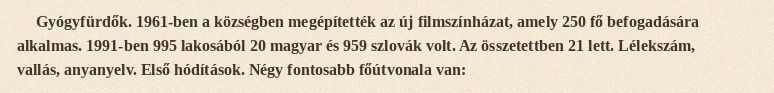
Gyógyfürdők. 1961-ben a községben megépítették az új filmszínházat, amely 250 fő befogadására alkalmas. 1991-ben 995 lakosából 20 magyar és 959 szlovák volt. Az összetettben 21 lett. Lélekszám, vallás, anyanyelv. Első hódítások. Négy fontosabb főútvonala van: